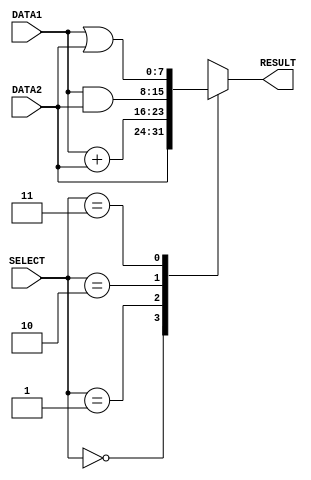
// Computer Architecture (CO224) - Lab 05
// Design: ALU of Simple Processor

module alu(DATA1, DATA2, RESULT, SELECT);//just as method

        //ports declaration
	input [0:7]DATA1;           //initialize inputs for operand1
        input [0:7]DATA2;           //initialize inputs for operand2
        input [0:2]SELECT;          //select the operation
	output [0:7]RESULT;         //initialize outputs
        
        reg [0:7]RESULT;//reg is used as data type for variables to which values are assigned
	
	always @ (DATA1, DATA2, SELECT)//to run always when the arguments get changed   
	begin 
                case(SELECT)
                        3'b000    :
			begin 
				#1;                          //giving related timing delay
				RESULT = DATA2;             // If selection=000, output is taken by loadi, mov functions
			end
                        3'b001    : 
			begin
				#2;                           //giving related timing delay
				RESULT = DATA1 + DATA2;     // If selection=001, output is taken by add, sub functions
			end
                        3'b010    : 
			begin
				#1;                          //giving related timing delay
				RESULT = DATA1 & DATA2;     // If selection=010, output is taken by and functions
			end
			3'b011    : 
			begin
				#1;                           //giving related timing delay
				RESULT = DATA1 | DATA2;     // If selection=011, output is taken by or functions
			end
                        default   : 
			begin
				RESULT = 8'bX ;             // If selection is anything else, out is reserved so it is put 'don't cares' 
			end 
                endcase  
       end	
endmodule